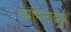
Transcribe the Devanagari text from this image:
व्यापाराद्वारे